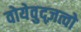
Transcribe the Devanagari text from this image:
वोयेवुद्ज़त्वो